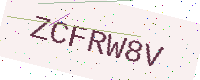
Text: ZCFRW8V